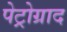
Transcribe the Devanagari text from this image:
पेट्रोग्राद